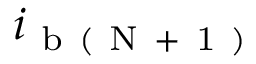
i _ { \mathrm { ~ b ~ ( ~ N ~ + ~ 1 ~ ) ~ } }